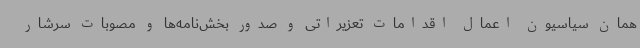
همان سیاسیون اعمال اقدامات تعزیراتی و صدور بخش‌نامه‌ها و مصوبات سرشار